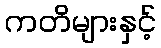
ကတိများနှင့်